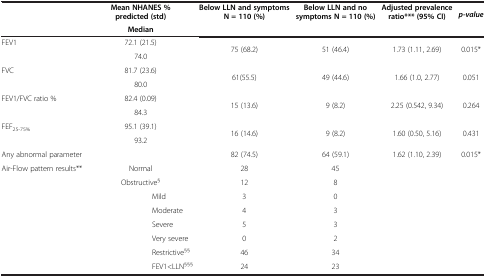
| <ROWSPAN=2>  | Mean NHANES % predicted (std) | Below LLN and symptoms N = 110 (%) | Below LLN and no symptoms N = 110 (%) | Adjusted prevalence ratio*** (95% CI) | <ROWSPAN=2> p-value |
 | Median |  |  |  |
 | --- | --- | --- | --- | --- | --- |
 | <ROWSPAN=2> FEV1 | 72.1 (21.5) | <ROWSPAN=2> 75 (68.2) | <ROWSPAN=2> 51 (46.4) | <ROWSPAN=2> 1.73 (1.11, 2.69) | <ROWSPAN=2> 0.015* |
 | 74.0 |
 | <ROWSPAN=2> FVC | 81.7 (23.6) | <ROWSPAN=2> 61(55.5) | <ROWSPAN=2> 49 (44.6) | <ROWSPAN=2> 1.66 (1.0, 2.77) | <ROWSPAN=2> 0.051 |
 | 80.0 |
 | <ROWSPAN=2> FEV1/FVC ratio % | 82.4 (0.09) | <ROWSPAN=2> 15 (13.6) | <ROWSPAN=2> 9 (8.2) | <ROWSPAN=2> 2.25 (0.542, 9.34) | <ROWSPAN=2> 0.264 |
 | 84.3 |
 | <ROWSPAN=2> FEF25-75% | 95.1 (39.1) | <ROWSPAN=2> 16 (14.6) | <ROWSPAN=2> 9 (8.2) | <ROWSPAN=2> 1.60 (0.50, 5.16) | <ROWSPAN=2> 0.431 |
 | 93.2 |
 | Any abnormal parameter |  | 82 (74.5) | 64 (59.1) | 1.62 (1.10, 2.39) | 0.015* |
 | <ROWSPAN=8> Air-Flow pattern results** | Normal | 28 | 45 | <ROWSPAN=8-COLSPAN=2>  |
 | Obstructive§ | 12 | 8 |
 | Mild | 3 | 0 |
 | Moderate | 4 | 3 |
 | Severe | 5 | 3 |
 | Very severe | 0 | 2 |
 | Restrictive§§ | 46 | 34 |
 | FEV1<LLN§§§ | 24 | 23 |